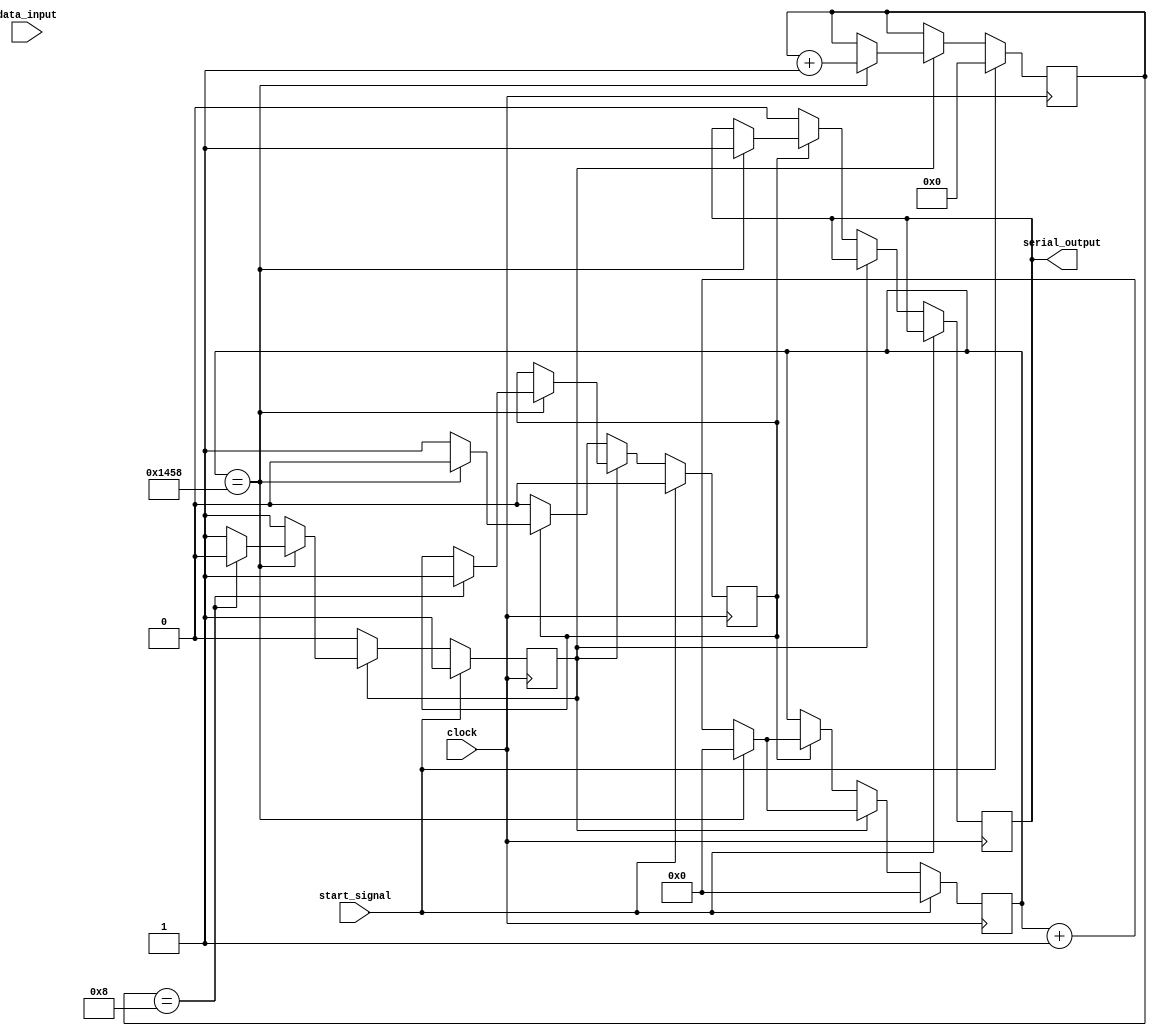
module uart_transmitter (
    input wire data_input,
    input wire clock,
    input wire start_signal,
    output reg serial_output
);

reg [9:0] data_reg;
reg [3:0] bit_counter;
reg shift_reg;
reg start_bit_flag;
reg stop_bit_flag;

// Counter to count the clock cycles for baud rate
reg [15:0] baud_rate_counter;
parameter BAUD_RATE = 9600; // specify baud rate

// UART protocol parameters
parameter DATA_BITS = 8;
parameter STOP_BITS = 1;

always @ (posedge clock) begin
    if (start_signal) begin
        data_reg <= data_input;
        bit_counter <= 0;
        shift_reg <= 0;
        start_bit_flag <= 1;
        stop_bit_flag <= 0;
        baud_rate_counter <= 0;
    end else if (start_bit_flag) begin
        if (baud_rate_counter == (50000000/BAUD_RATE)) begin // calculate baud rate based on clock frequency
            shift_reg <= data_reg[bit_counter];
            bit_counter <= bit_counter + 1;
            baud_rate_counter <= 0;
            if (bit_counter == DATA_BITS) begin
                start_bit_flag <= 0;
                stop_bit_flag <= 1;
            end
        end else begin
            baud_rate_counter <= baud_rate_counter + 1;
        end
    end else if (stop_bit_flag) begin
        if (baud_rate_counter == (50000000/BAUD_RATE)) begin
            serial_output <= 1;
            stop_bit_flag <= 0;
            baud_rate_counter <= 0;
        end else begin
            baud_rate_counter <= baud_rate_counter + 1;
        end
    end else begin
        serial_output <= 0;
    end
end

endmodule